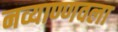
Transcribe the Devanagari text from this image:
नव्याण्णवला